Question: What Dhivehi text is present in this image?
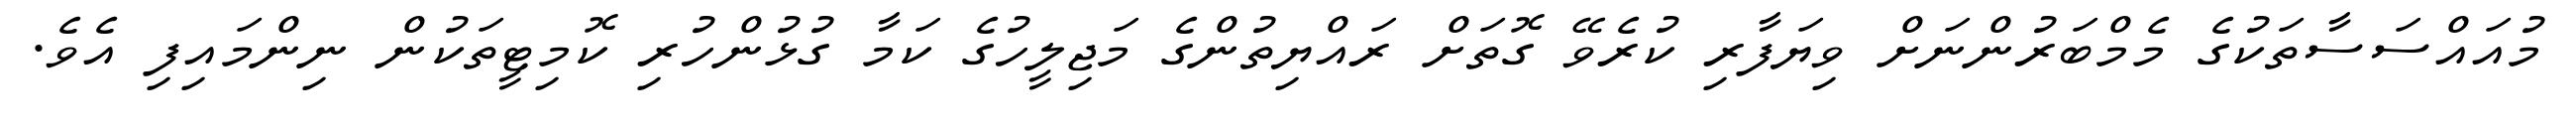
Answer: މުއައްސަސާތަކުގެ މެމްބަރުންނަށް ވިޔަފާރި ކުރެވޭ ގޮތަށް ރައްޔިތުންގެ މަޖިލީހުގެ ކަމާ ގުޅުންހުރި ކޮމިޓީތަކުން ނިންމައިފި އެވެ.